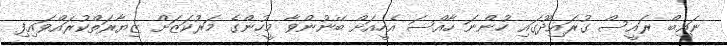
ނައިބް ރައީސް ގުރައިދޫގައި ހުންނަ ހާއްސަ އެހީއަށް ބޭނުންވާ މީހުންގެ މަރުކަޒަށް ޒިޔާރަތްކުރައްވައިފި